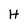
Character: H